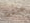
لانني